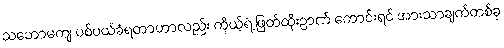
သဘောမကျ ပစ်ပယ်ခံရတာဟာလည်း ကိုယ့်ရဲ့ ဖြတ်ထိုးဉာဏ် ကောင်းရင် အားသာချက်တစ်ခု